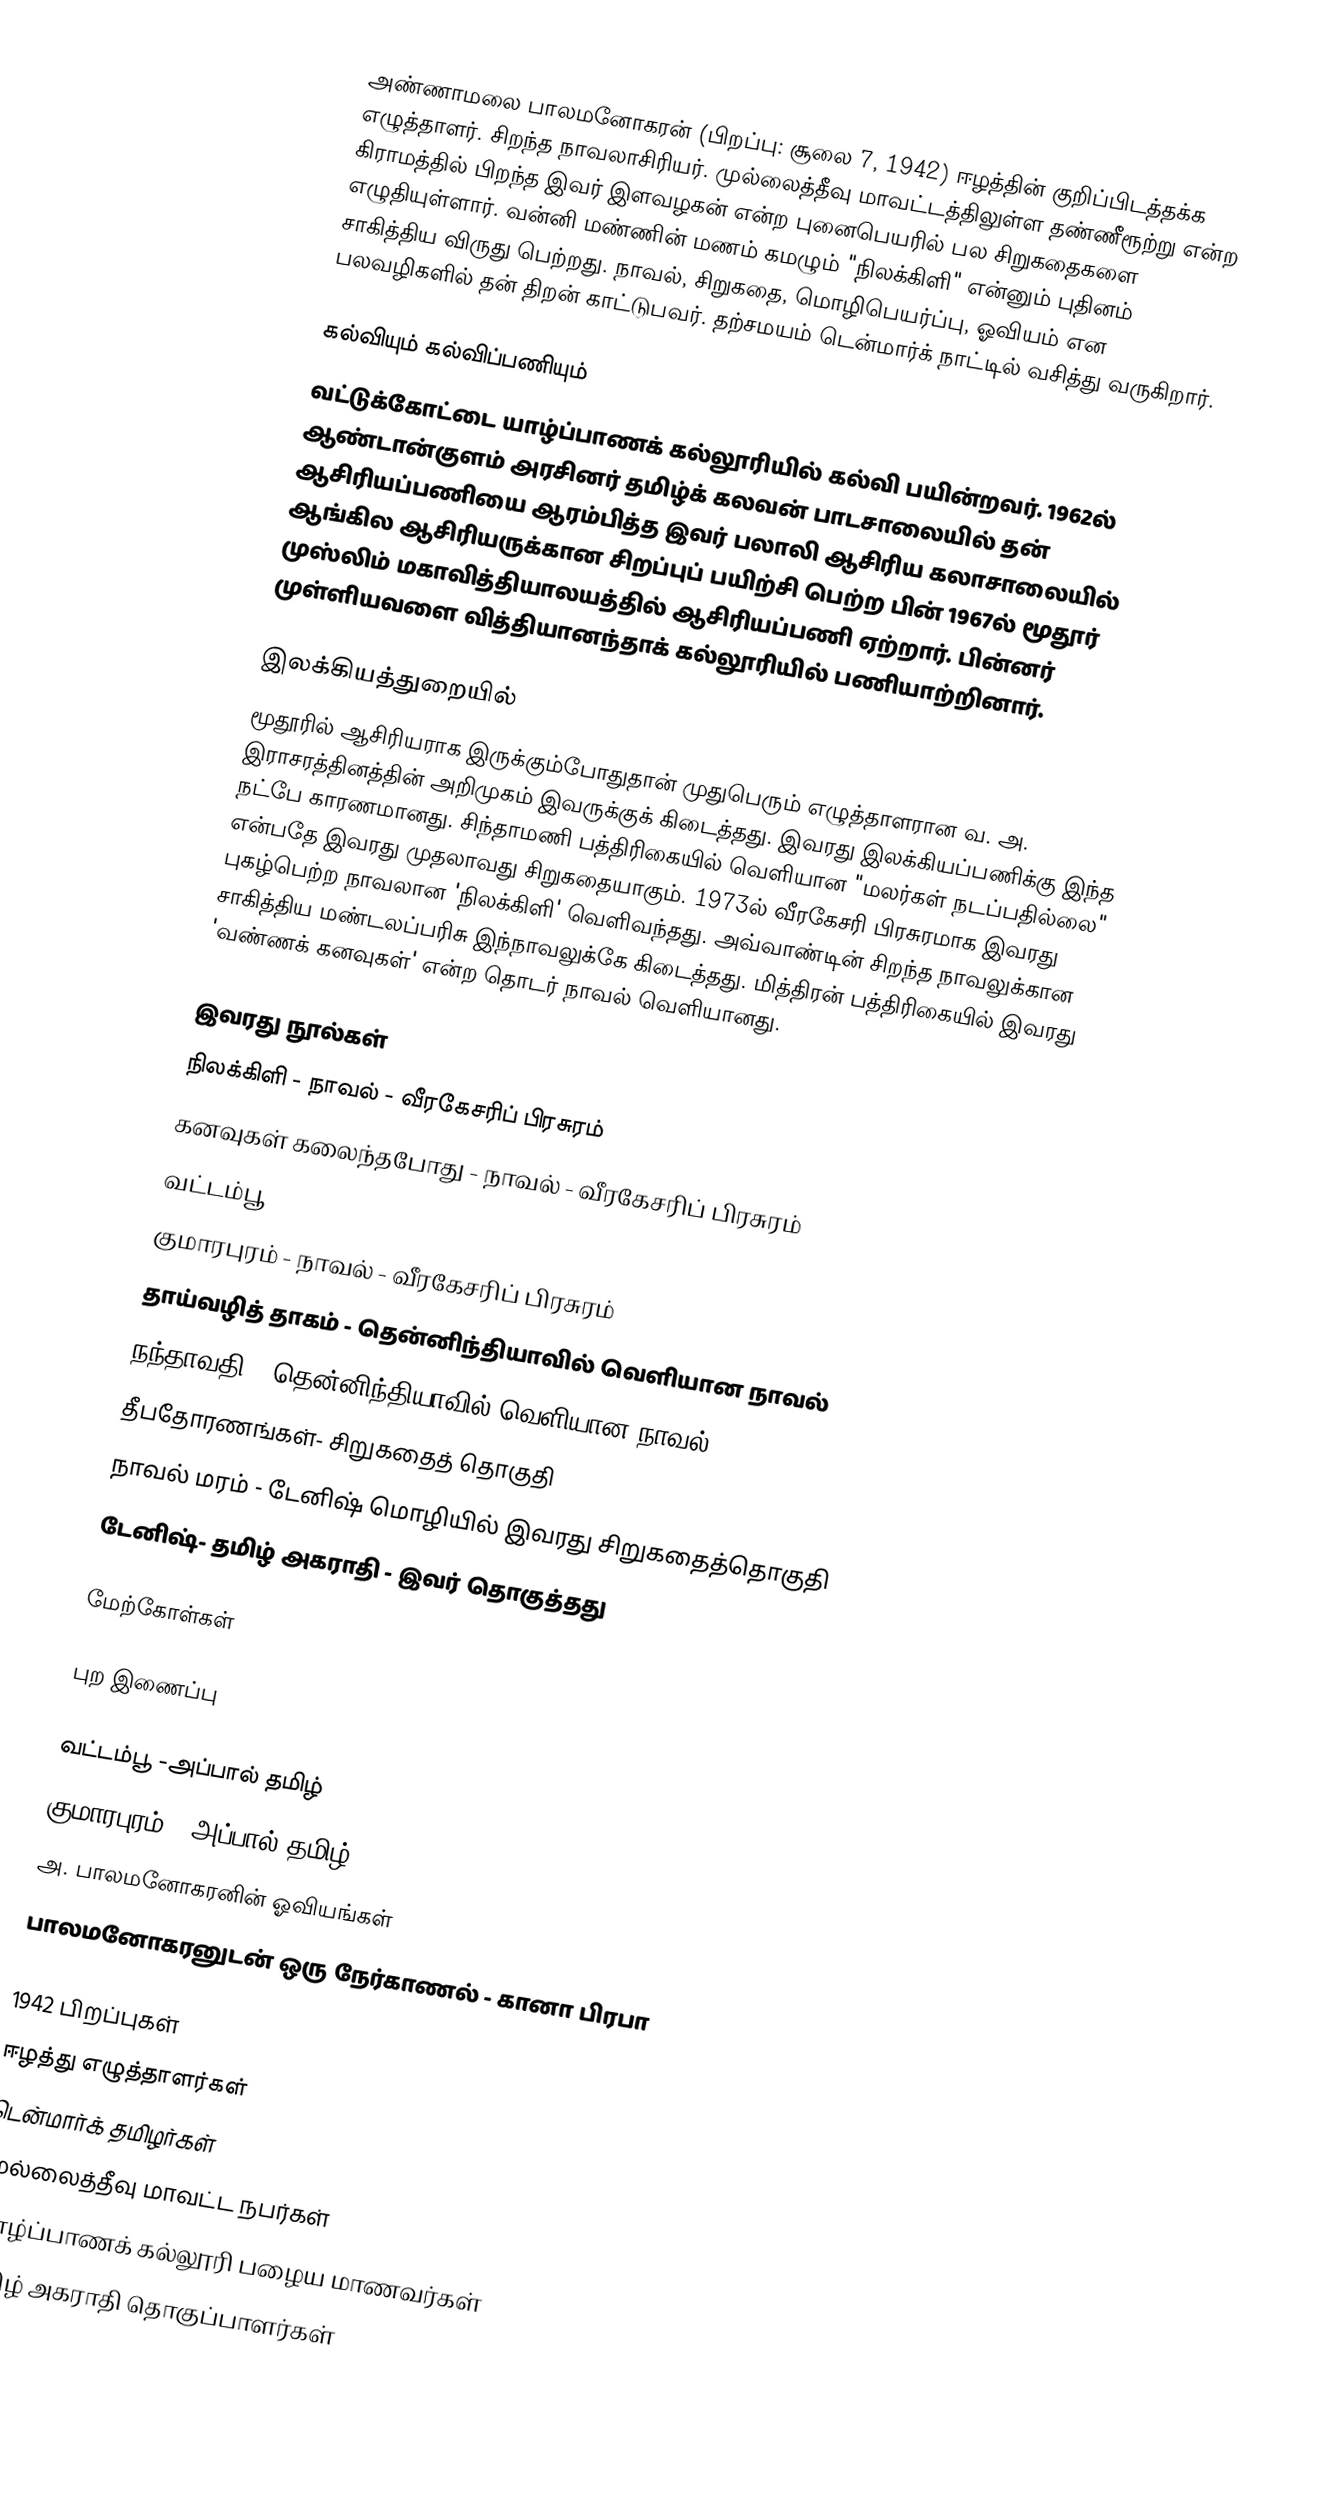
அண்ணாமலை பாலமனோகரன் (பிறப்பு: சூலை 7, 1942) ஈழத்தின் குறிப்பிடத்தக்க எழுத்தாளர். சிறந்த நாவலாசிரியர். முல்லைத்தீவு மாவட்டத்திலுள்ள தண்ணீரூற்று என்ற கிராமத்தில் பிறந்த இவர் இளவழகன் என்ற புனைபெயரில் பல சிறுகதைகளை எழுதியுள்ளார். வன்னி மண்ணின் மணம் கமழும் "நிலக்கிளி" என்னும் புதினம் சாகித்திய விருது பெற்றது. நாவல், சிறுகதை, மொழிபெயர்ப்பு, ஓவியம் என பலவழிகளில் தன் திறன் காட்டுபவர். தற்சமயம் டென்மார்க் நாட்டில் வசித்து வருகிறார்.

கல்வியும் கல்விப்பணியும்
வட்டுக்கோட்டை யாழ்ப்பாணக் கல்லூரியில் கல்வி பயின்றவர். 1962ல் ஆண்டான்குளம் அரசினர் தமிழ்க் கலவன் பாடசாலையில் தன் ஆசிரியப்பணியை ஆரம்பித்த இவர் பலாலி ஆசிரிய கலாசாலையில் ஆங்கில ஆசிரியருக்கான சிறப்புப் பயிற்சி பெற்ற பின் 1967ல் மூதூர் முஸ்லிம் மகாவித்தியாலயத்தில் ஆசிரியப்பணி ஏற்றார். பின்னர் முள்ளியவளை வித்தியானந்தாக் கல்லூரியில் பணியாற்றினார்.

இலக்கியத்துறையில்
மூதூரில் ஆசிரியராக இருக்கும்போதுதான் முதுபெரும் எழுத்தாளரான வ. அ. இராசரத்தினத்தின் அறிமுகம் இவருக்குக் கிடைத்தது. இவரது இலக்கியப்பணிக்கு இந்த நட்பே காரணமானது. சிந்தாமணி பத்திரிகையில் வெளியான "மலர்கள் நடப்பதில்லை" என்பதே இவரது முதலாவது சிறுகதையாகும். 1973ல் வீரகேசரி பிரசுரமாக இவரது புகழ்பெற்ற நாவலான 'நிலக்கிளி' வெளிவந்தது. அவ்வாண்டின் சிறந்த நாவலுக்கான சாகித்திய மண்டலப்பரிசு இந்நாவலுக்கே கிடைத்தது. மித்திரன் பத்திரிகையில் இவரது 'வண்ணக் கனவுகள்' என்ற தொடர் நாவல் வெளியானது.

இவரது நூல்கள்
 நிலக்கிளி - நாவல் - வீரகேசரிப் பிரசுரம்
 கனவுகள் கலைந்தபோது - நாவல் - வீரகேசரிப் பிரசுரம்
 வட்டம்பூ
 குமாரபுரம் - நாவல் - வீரகேசரிப் பிரசுரம்
 தாய்வழித் தாகம் - தென்னிந்தியாவில் வெளியான நாவல்
 நந்தாவதி - தென்னிந்தியாவில் வெளியான நாவல்
 தீபதோரணங்கள்- சிறுகதைத் தொகுதி
 நாவல் மரம் - டேனிஷ் மொழியில் இவரது சிறுகதைத்தொகுதி
 டேனிஷ்- தமிழ் அகராதி - இவர் தொகுத்தது

மேற்கோள்கள்

புற இணைப்பு

 வட்டம்பூ -அப்பால் தமிழ்
குமாரபுரம் - அப்பால் தமிழ்
 அ. பாலமனோகரனின் ஓவியங்கள்
 பாலமனோகரனுடன் ஒரு நேர்காணல் - கானா பிரபா

1942 பிறப்புகள்
ஈழத்து எழுத்தாளர்கள்
டென்மார்க் தமிழர்கள்
முல்லைத்தீவு மாவட்ட நபர்கள்
யாழ்ப்பாணக் கல்லூரி பழைய மாணவர்கள்
தமிழ் அகராதி தொகுப்பாளர்கள்